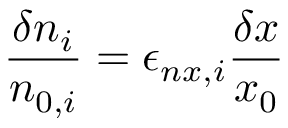
\frac { \delta n _ { i } } { n _ { 0 , i } } = \epsilon _ { n x , i } \frac { \delta x } { x _ { 0 } }